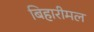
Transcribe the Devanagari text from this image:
बिहारीमल